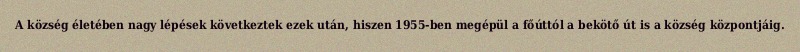
A község életében nagy lépések következtek ezek után, hiszen 1955-ben megépül a főúttól a bekötő út is a község központjáig.